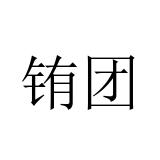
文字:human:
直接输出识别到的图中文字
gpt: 铕团